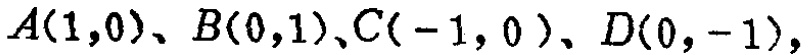
$A(1,0)、B(0,1)、C(-1,0)、D(0,-1),$